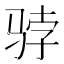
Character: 𱅓